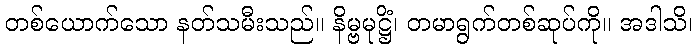
တစ်ယောက်သော နတ်သမီးသည်။ နိမ္ဗမုဋ္ဌိံ၊ တမာရွက်တစ်ဆုပ်ကို။ အဒါသိ၊